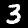
Digit: 3